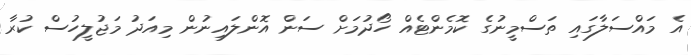
އެ މައްސަލާގައި ތަސްމީނުގެ ކޮމެންޓެއް ހޯދުމަށް ސަން އޮންލައިނުން މިއަދު މަޖުލީހުސް ކުރާ